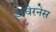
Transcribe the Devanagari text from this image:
अवेरनेस